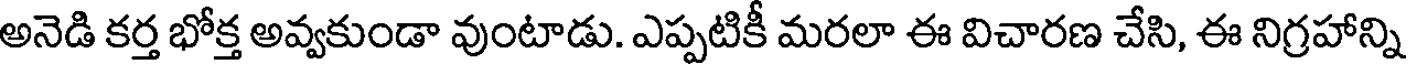
అనెడి కర్త భోక్త అవ్వకుండా వుంటాడు. ఎప్పటికీ మరలా ఈ విచారణ చేసి, ఈ నిగ్రహాన్ని